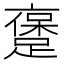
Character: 𲄅